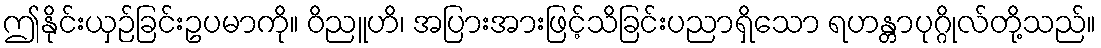
ဤနိုင်းယှဉ်ခြင်းဥပမာကို။ ဝိညူဟိ၊ အပြားအားဖြင့်သိခြင်းပညာရှိသော ရဟန္တာပုဂ္ဂိုလ်တို့သည်။